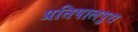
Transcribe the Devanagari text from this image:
प्रतिपालपुरा